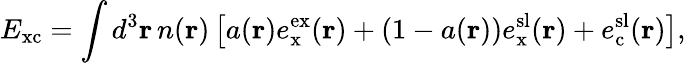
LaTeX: E_{\mathrm{xc}}=\int d^{3}\mathbf{r}\, n(\mathbf{r})\left[a(\mathbf{r})e_{\mathrm{x}}^{\mathrm{ex}}(\mathbf{r})+\left(1-a(\mathbf{r})\right)e_{\mathrm{x}}^{\mathrm{sl}}(\mathbf{r})+e_{\mathrm{c}}^{\mathrm{sl}}(\mathbf{r})\right],